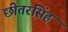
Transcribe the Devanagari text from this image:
छीतरसिंह